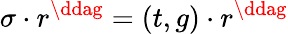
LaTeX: \sigma\cdot r^{\ddag}=\left(t,g\right)\cdot r^{\ddag}